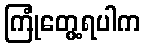
ကြုံတွေ့ရပါက